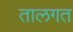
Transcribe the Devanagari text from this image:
तालगत